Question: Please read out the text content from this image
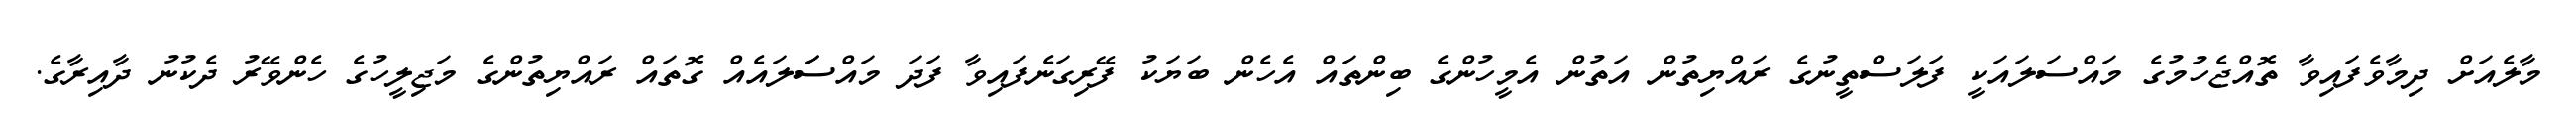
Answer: މާލެއަށް ދިމާވެފައިވާ ތޮއްޖެހުމުގެ މައްސަލައަކީ ފަލަސްތީނުގެ ރައްޔިތުން އަތުން އެމީހުންގެ ބިންތައް އެހެން ބަޔަކު ފޭރިގަނެފައިވާ ފަދަ މައްސަަލައެއް ގޮތައް ރައްޔިތުންގެ މަޖިލީހުގެ ހެންވޭރު ދެކުނު ދާއިރާގެ.